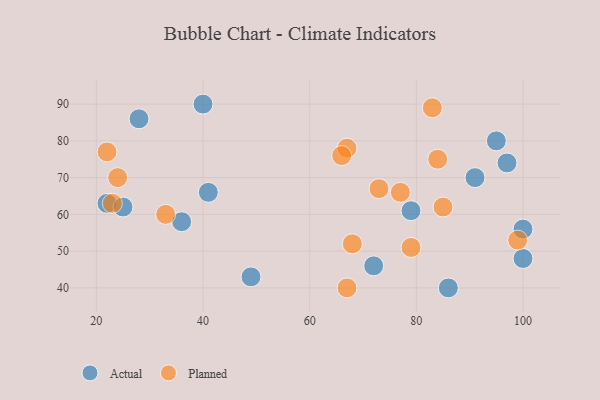
{"axis": {"x": "GDP", "y": "Life Expectancy"}, "legend": ["Actual", "Planned"], "data": [{"x": "41", "y": 66, "type": "Actual"}, {"x": "49", "y": 43, "type": "Actual"}, {"x": "72", "y": 46, "type": "Actual"}, {"x": "86", "y": 40, "type": "Actual"}, {"x": "95", "y": 80, "type": "Actual"}, {"x": "100", "y": 48, "type": "Actual"}, {"x": "100", "y": 56, "type": "Actual"}, {"x": "28", "y": 86, "type": "Actual"}, {"x": "40", "y": 90, "type": "Actual"}, {"x": "22", "y": 63, "type": "Actual"}, {"x": "79", "y": 61, "type": "Actual"}, {"x": "36", "y": 58, "type": "Actual"}, {"x": "97", "y": 74, "type": "Actual"}, {"x": "91", "y": 70, "type": "Actual"}, {"x": "25", "y": 62, "type": "Actual"}, {"x": "67", "y": 78, "type": "Planned"}, {"x": "79", "y": 51, "type": "Planned"}, {"x": "23", "y": 63, "type": "Planned"}, {"x": "33", "y": 60, "type": "Planned"}, {"x": "67", "y": 40, "type": "Planned"}, {"x": "84", "y": 75, "type": "Planned"}, {"x": "22", "y": 77, "type": "Planned"}, {"x": "24", "y": 70, "type": "Planned"}, {"x": "66", "y": 76, "type": "Planned"}, {"x": "85", "y": 62, "type": "Planned"}, {"x": "68", "y": 52, "type": "Planned"}, {"x": "99", "y": 53, "type": "Planned"}, {"x": "83", "y": 89, "type": "Planned"}, {"x": "73", "y": 67, "type": "Planned"}, {"x": "77", "y": 66, "type": "Planned"}]}